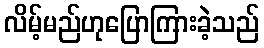
လိမ့်မည်ဟုပြောကြားခဲ့သည်